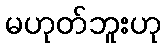
မဟုတ်ဘူးဟု